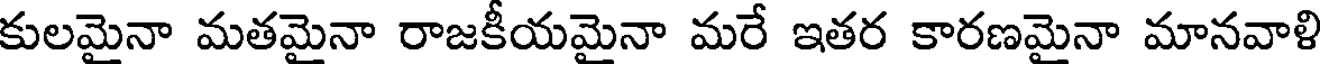
కులమైనా మతమైనా రాజకీయమైనా మరే ఇతర కారణమైనా మానవాళి